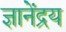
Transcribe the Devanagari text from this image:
ज्ञानेंद्रय